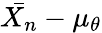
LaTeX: {\bar{X_{n}}}-\mu_{\theta}